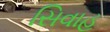
સિવાહ